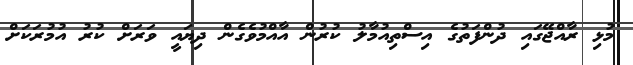
މުޅި ރާއްޖޭގައި ދުންފަތުގެ އިސްތިއުމާލު ކުރުން އާއްމުވެގެން ދިޔައީ ވަރަށް ކުރު އުމުރަކަށް